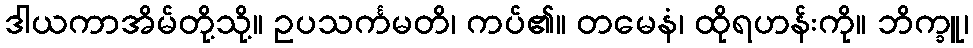
ဒါယကာအိမ်တို့သို့။ ဥပသင်္ကမတိ၊ ကပ်၏။ တမေနံ၊ ထိုရဟန်းကို။ ဘိက္ခူ၊